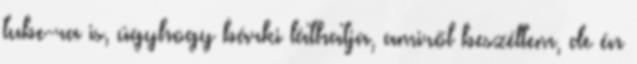
tube-ra is, úgyhogy bárki láthatja, amiről beszéltem, de én